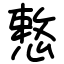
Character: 慗